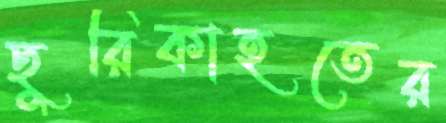
ছুরিকাহতের